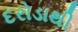
દરોડાથી